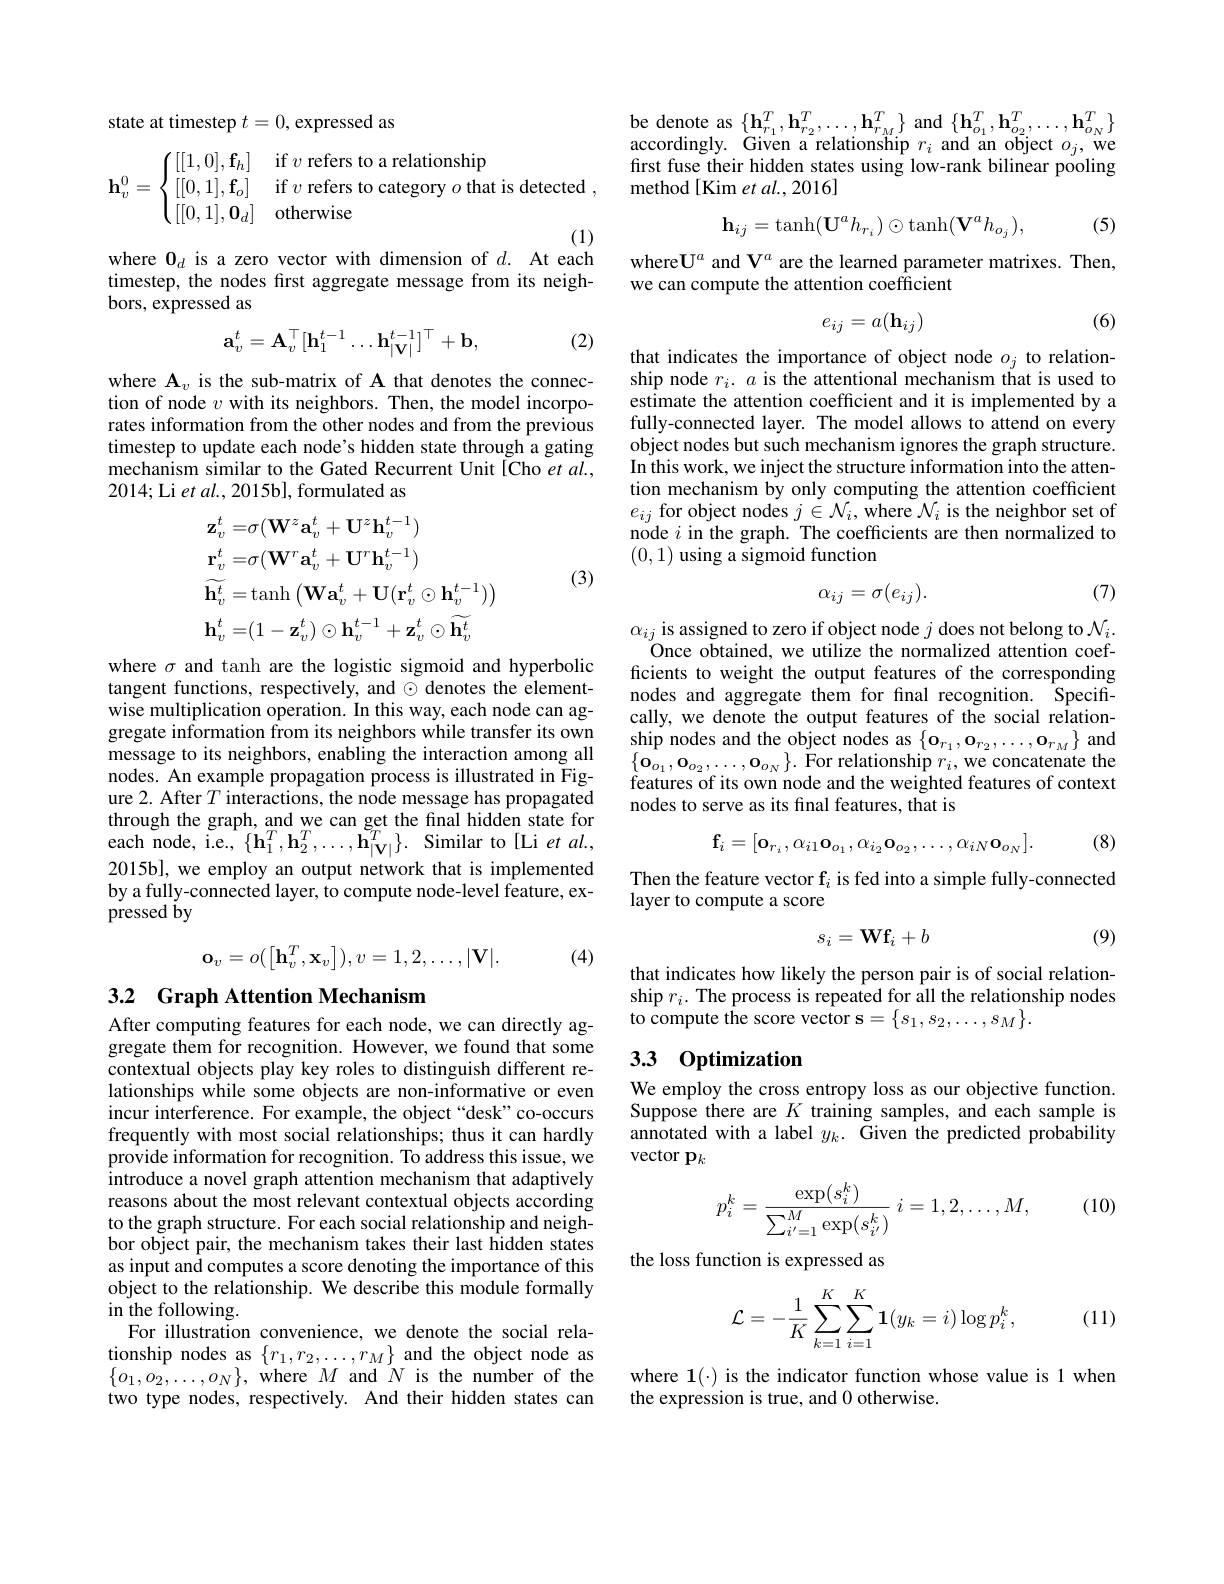
state at timestep $t=0$, expressed as
$$\mathbf{h}_v^0=\begin{cases}[[1,0],\mathbf{f}_h]&\text{if}\:v\text{refers to a relationship}\\[[0,1],\mathbf{f}_o]&\text{if}\:v\text{refers to category}\:o\text{that is detected}\:,\\[[0,1],\mathbf{0}_d]&\text{otherwise}\end{cases}$$
where $\mathbf{0}_d$ is a zero vector with dimension of $d.$ At each

timestep, the nodes first aggregate message from its neigh-
bors, expressed as

(2)
$$\mathbf{a}_v^t=\mathbf{A}_v^\top[\mathbf{h}_1^{t-1}\ldots\mathbf{h}_{|\mathbf{V}|}^{t-1}]^\top+\mathbf{b},$$
where A$_v$ is the sub-matrix of A that denotes the connection of node $v$ with its neighbors. Then, the model incorporates information from the other nodes and from the previous timestep to update each node's hidden state through a gating mechanism similar to the Gated Recurrent Unit[Cho et al., 2014;Li et al., 2015b], formulated as
$$\begin{aligned}&\mathbf{z}_{v}^{t}=\sigma(\mathbf{W}^{z}\mathbf{a}_{v}^{t}+\mathbf{U}^{z}\mathbf{h}_{v}^{t-1})\\&\mathbf{r}_{v}^{t}=\sigma(\mathbf{W}^{r}\mathbf{a}_{v}^{t}+\mathbf{U}^{r}\mathbf{h}_{v}^{t-1})\\&\widetilde{\mathbf{h}_{v}^{t}}=\mathrm{tanh}\left(\mathbf{W}\mathbf{a}_{v}^{t}+\mathbf{U}(\mathbf{r}_{v}^{t}\odot\mathbf{h}_{v}^{t-1})\right)\\&\mathbf{h}_{v}^{t}=(1-\mathbf{z}_{v}^{t})\odot\mathbf{h}_{v}^{t-1}+\mathbf{z}_{v}^{t}\odot\widetilde{\mathbf{h}_{v}^{t}}\end{aligned}$$
(3)

where $\sigma$ and tanh are the logistic sigmoid and hyperbolic tangent functions, respectively, and $\odot$ denotes the elementwise multiplication operation. In this way, each node can aggregate information from its neighbors while transfer its own message to its neighbors, enabling the interaction among all nodes. An example propagation process is illustrated in Figure 2. After $T$ interactions, the node message has propagated through the graph, and we can get the final hidden state for each node, i.e., $\{\mathbf{h}_{1}^{T},\mathbf{h}_{2}^{T},\ldots,\mathbf{h}_{|\mathbf{V}|}^{e_{T}}\}.$ Similar to [Li et al., 2015b], we employ an output network that is implemented by a fully-connected layer, to compute node-level feature, ex- $\tilde{\mathrm{pressed~}}\tilde{\mathrm{by}}$
$$\mathbf{o}_{v}=o(\begin{bmatrix}\mathbf{h}_{v}^{T},\mathbf{x}_{v}\end{bmatrix}),v=1,2,\ldots,|\mathbf{V}|.$$
(4)

## 3.2 Graph Attention Mechanism

After computing features for each node, we can directly aggregate them for recognition. However, we found that some contextual objects play key roles to distinguish different relationships while some objects are non-informative or even incur interference. For example, the object“desk”co-occurs frequently with most social relationships; thus it can hardly provide information for recognition. To address this issue, we introduce a novel graph attention mechanism that adaptively reasons about the most relevant contextual objects according to the graph structure. For each social relationship and neighbor object pair, the mechanism takes their last hidden states as input and computes a score denoting the importance of this object to the relationship. We describe this module formally in the following.
For illustration convenience, we denote the social relationship nodes as $\{r_1,r_2,\ldots,r_M\}$ and the object node as $\{o_{1},o_{2},\ldots,o_{N}\}$, where $M$ and $N$ is the number of the two type nodes, respectively. And their hidden states can

be denote as $\{\mathbf{h}_{r_1}^T,\mathbf{h}_{r_2}^T,\ldots,\mathbf{h}_{r_M}^T\}$ and $\{\mathbf{h}_{o_1}^T,\mathbf{h}_{o_2}^T,\ldots,\mathbf{h}_{o_N}^T\}$ accordingly. Given a relationship $r_i$ and an object $o_j$, we

first fuse their hidden states using low-rank bilinear pooling
method[Kim et al., 2016]
$$\mathbf{h}_{ij}=\tanh(\mathbf{U}^ah_{r_i})\odot\tanh(\mathbf{V}^ah_{o_j}),$$
(5)

where$\mathbf{U}^a$ and V$^a$ are the learned parameter matrixes. Then,
we can compute the attention coefficient

(6)
$$e_{ij}=a(\mathbf{h}_{ij})$$
that indicates the importance of object node $o_j$ to relationship node $r_i.a$ is the attentional mechanism that is used to estimate the attention coefficient and it is implemented by a fully-connected layer. The model allows to attend on every object nodes but such mechanism ignores the graph structure. In this work, we inject the structure information into the attention mechanism by only computing the attention coefficient $e_{ij}$ for object nodes $j\in\mathcal{N}_i$, where $\mathcal{N}_i$ is the neighbor set of node $i$ in the graph. The coefficients are then normalized to (0,1) using a sigmoid function

(7)
$$\alpha_{ij}=\sigma(e_{ij}).$$
$\alpha_{ij}$ is assigned to zero if object node $j$ does not belong to $\mathcal{N}_i.$
Once obtained, we utilize the normalized attention coefficients to weight the output features of the corresponding nodes and aggregate them for final recognition. Specifically, we denote the output features of the social relationship nodes and the object nodes as $\{\mathbf{o}_{r_1},\mathbf{o}_{r_2},\ldots,\mathbf{o}_{r_M}\}$ and $\left\{\mathbf{0}_{o_{1}},\mathbf{0}_{o_{2}},\ldots,\mathbf{0}_{o_{N}}\right\}.$For relationship $r_i$,we concatenate the features of its own node and the weighted features of context nodes to serve as its final features, that is

(8)
$$\mathbf{f}_{i}=[\mathbf{o}_{r_{i}},\alpha_{i1}\mathbf{o}_{o_{1}},\alpha_{i_{2}}\mathbf{o}_{o_{2}},\ldots,\alpha_{iN}\mathbf{o}_{o_{N}}].$$
Then the feature vector f$_i$ is fed into a simple fully-connected
layer to compute a score
$$s_i=\mathbf{W}\mathbf{f}_i+b$$
(9)

that indicates how likely the person pair is of social relationship $r_i.$ The process is repeated for all the relationship nodes $\hat{\text{to compute the score vector s}}=\{s_{1},s_{2},\ldots,s_{M}\}.$

## 3.3 $0ptimization$

We employ the cross entropy loss as our objective function. Suppose there are $K$ training samples, and each sample is annotated with a label $y_k.$ Given the predicted probability vector p$_k$

(10)
$$p_i^k=\frac{\exp(s_i^k)}{\sum_{i'=1}^M\exp(s_{i'}^k)}\:i=1,2,\ldots,M,$$
the loss function is expressed as

(11)
$$\mathcal{L}=-\frac{1}{K}\sum_{k=1}^{K}\sum_{i=1}^{K}\mathbf{1}(y_{k}=i)\log p_{i}^{k},$$
where $\mathbf{1}(\cdot)$ is the indicator function whose value is 1 when
the expression is true, and 0 otherwise